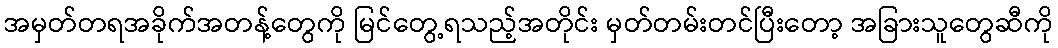
အမှတ်တရအခိုက်အတန့်တွေကို မြင်တွေ့ရသည့်အတိုင်း မှတ်တမ်းတင်ပြီးတော့ အခြားသူတွေဆီကို